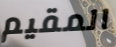
المقيم